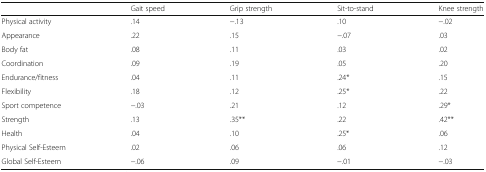
<table><thead><tr><td></td><td><b>Gait speed</b></td><td><b>Grip strength</b></td><td><b>Sit-to-stand</b></td><td><b>Knee strength</b></td></tr></thead><tbody><tr><td>Physical activity</td><td>.14</td><td>−.13</td><td>.10</td><td>−.02</td></tr><tr><td>Appearance</td><td>.22</td><td>.15</td><td>−.07</td><td>.03</td></tr><tr><td>Body fat</td><td>.08</td><td>.11</td><td>.03</td><td>.02</td></tr><tr><td>Coordination</td><td>.09</td><td>.19</td><td>.05</td><td>.20</td></tr><tr><td>Endurance/fitness</td><td>.04</td><td>.11</td><td>.24*</td><td>.15</td></tr><tr><td>Flexibility</td><td>.18</td><td>.12</td><td>.25*</td><td>.22</td></tr><tr><td>Sport competence</td><td>−.03</td><td>.21</td><td>.12</td><td>.29*</td></tr><tr><td>Strength</td><td>.13</td><td>.35**</td><td>.22</td><td>.42**</td></tr><tr><td>Health</td><td>.04</td><td>.10</td><td>.25*</td><td>.06</td></tr><tr><td>Physical Self-Esteem</td><td>.02</td><td>.06</td><td>.06</td><td>.12</td></tr><tr><td>Global Self-Esteem</td><td>−.06</td><td>.09</td><td>−.01</td><td>−.03</td></tr></tbody></table>